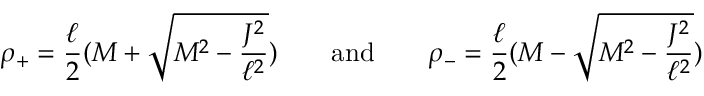
\rho _ { + } = \frac \ell 2 ( M + \sqrt { M ^ { 2 } - \frac { J ^ { 2 } } { \ell ^ { 2 } } } ) \qquad \mathrm { a n d } \qquad \rho _ { - } = \frac \ell 2 ( M - \sqrt { M ^ { 2 } - \frac { J ^ { 2 } } { \ell ^ { 2 } } } ) \qquad